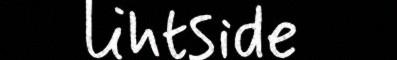
lihtside